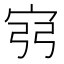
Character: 𫳆